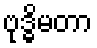
ဗုဒ္ဓိမတာ